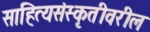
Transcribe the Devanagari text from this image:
साहित्यसंस्कृतीवरील